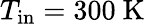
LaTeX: T_{\mathrm{in}}=300~\mathrm{K}